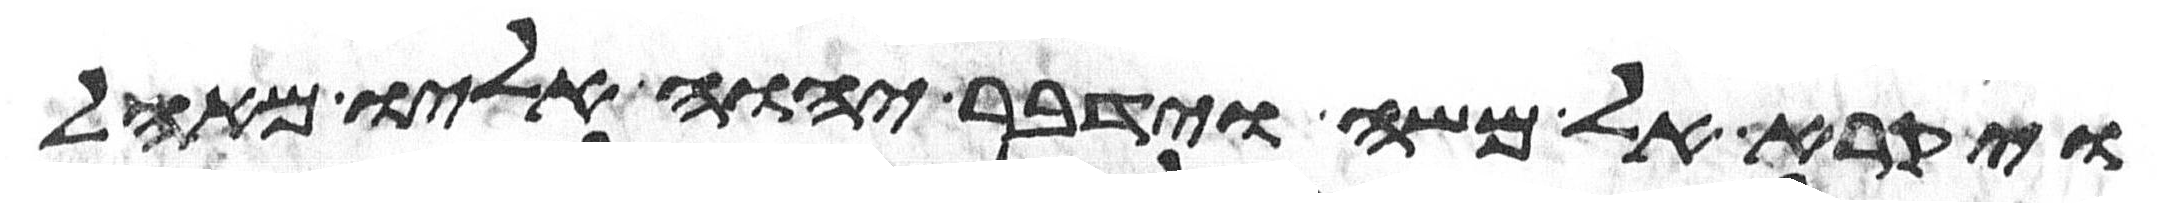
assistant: ויקרא אל משה וידבר יהוה אליו מאהל